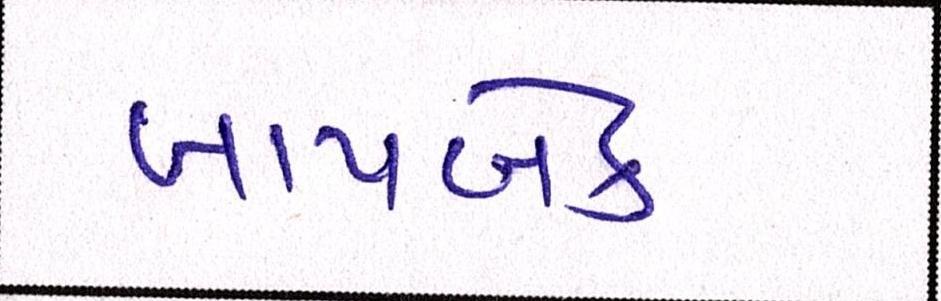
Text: બાયબેક